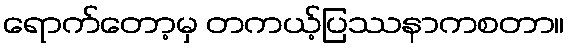
ရောက်တော့မှ တကယ့်ပြဿနာကစတာ။